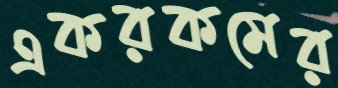
একরকমের